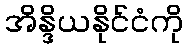
အိန္ဒိယနိုင်ငံကို